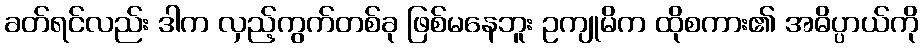
ခတ်ရင်လည်း ဒါက လှည့်ကွက်တစ်ခု ဖြစ်မနေဘူး ဥကျုမိက ထိုစကား၏ အဓိပ္ပာယ်ကို